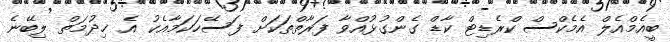
ބީއެމްއެލް އެމެކްސް ކްރެޑިޓް ކާޑް ގެންގުޅުއްވާ ފަރާތްތަކަށް ފަސޭހަކަމާއެކު އެ ޚިދުމަތް ލިބޭނެ